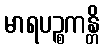
မာရပဉ္စကန္တိ